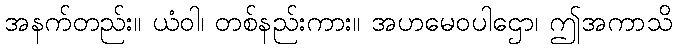
အနက်တည်း။ ယံဝါ၊ တစ်နည်းကား။ အဟမေဝပါဌော၊ ဤအကာသိ